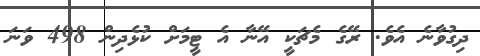
ދިގުވާނެ އެވެ. ރޭގެ މެޗަކީ އޭނާ އެ ޓީމަށް ކުޅެދިން 498 ވަނަ